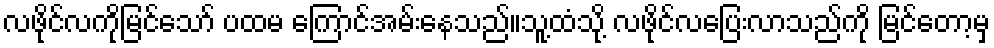
လဖိုင်လကိုမြင်သော် ပထမ ကြောင်အမ်းနေသည်။သူ့ထံသို့ လဖိုင်လပြေးလာသည်ကို မြင်တော့မှ